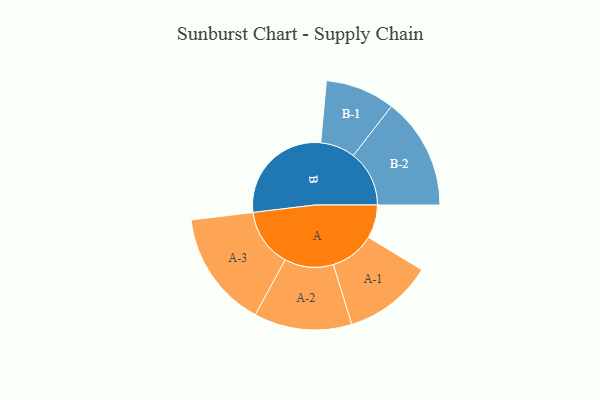
{"axis": {"x": "Segment", "y": "Value"}, "legend": ["", "A", "B"], "data": [{"x": "A", "y": 147, "type": ""}, {"x": "B", "y": 481, "type": ""}, {"x": "A-1", "y": 196, "type": "A"}, {"x": "A-2", "y": 215, "type": "A"}, {"x": "A-3", "y": 257, "type": "A"}, {"x": "B-1", "y": 153, "type": "B"}, {"x": "B-2", "y": 246, "type": "B"}]}